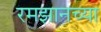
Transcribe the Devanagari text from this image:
रमझानच्या